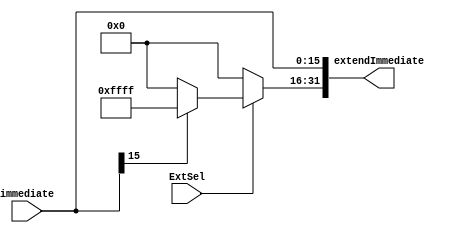
`timescale 1ns / 1ps
//////////////////////////////////////////////////////////////////////////////////
// Company: 
// Engineer: 
// 
// Design Name: 
// Module Name: SignZeroExtend
// Project Name: 
// Target Devices: 
// Tool Versions: 
// Description: 
// 
// Dependencies: 
// 
// Revision:
// Revision 0.01 - File Created
// Additional Comments:
// 
//////////////////////////////////////////////////////////////////////////////////


module SignZeroExtend(
        input wire [15:0] immediate,    //
        input ExtSel,                   //'0',0
        output [31:0] extendImmediate
    );
    
    always@(extendImmediate)
    begin
        $display("%d", extendImmediate[31]);
    end
    
    assign extendImmediate[15:0] = immediate;
    assign extendImmediate[31:16] = ExtSel ? (immediate[15] ? 16'hffff : 16'h0000) : 16'h0000;
endmodule